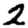
Digit: 2